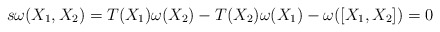
\begin{align*}s\omega(X_{1},X_{2}) =T(X_{1})\omega(X_{2}) -T(X_{2})\omega(X_{1}) -\omega([X_{1},X_{2}])=0\end{align*}